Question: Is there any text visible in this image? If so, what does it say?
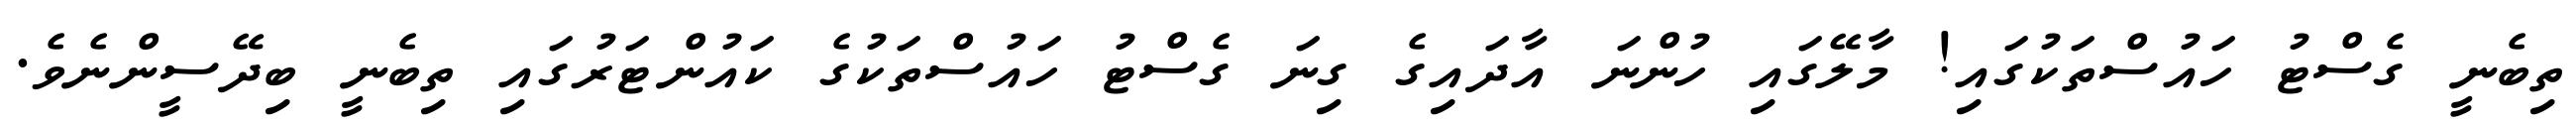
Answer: ތިބެނީ ގެސްޓު ހައުސްތަކުގައި! މާލޭގައި ހުންނަ އާދައިގެ ގިނަ ގެސްޓު ހައުސްތަކުގެ ކައުންޓަރުގައި ތިބެނީ ބިދޭސީންނެވެ.